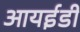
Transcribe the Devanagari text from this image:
आयईडी